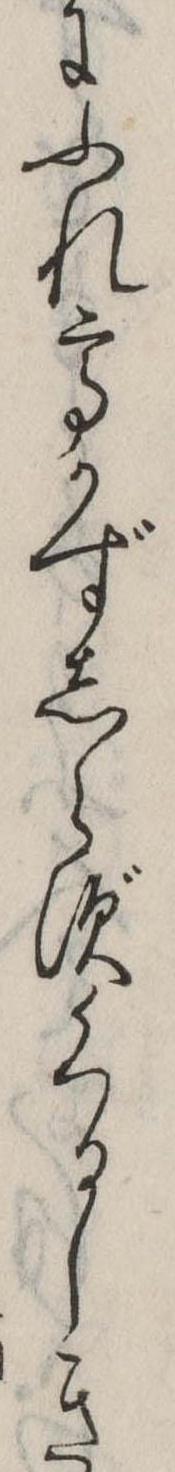
にふれてかずしらずくるしき